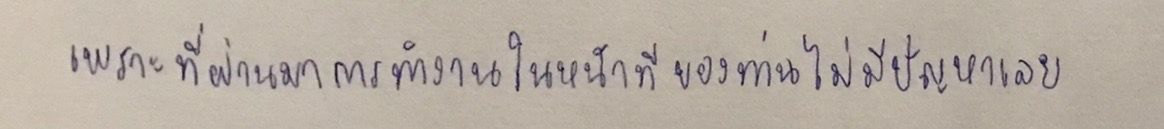
เพราะที่ผ่านมาการทำงานในหน้าที่ของท่านไม่มีปัญหาเลย